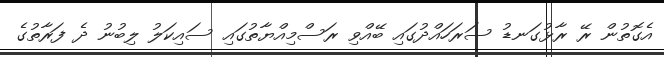
އެގޮތުން ރޭ ރާޅުގަނޑު ސަރަހައްދުގައި ބޭއްވި ރަސްމިއްޔާތުގައި ސައިކަލު ލިބުނު ދެ ފަރާތުގެ